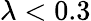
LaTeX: \lambda<0.3